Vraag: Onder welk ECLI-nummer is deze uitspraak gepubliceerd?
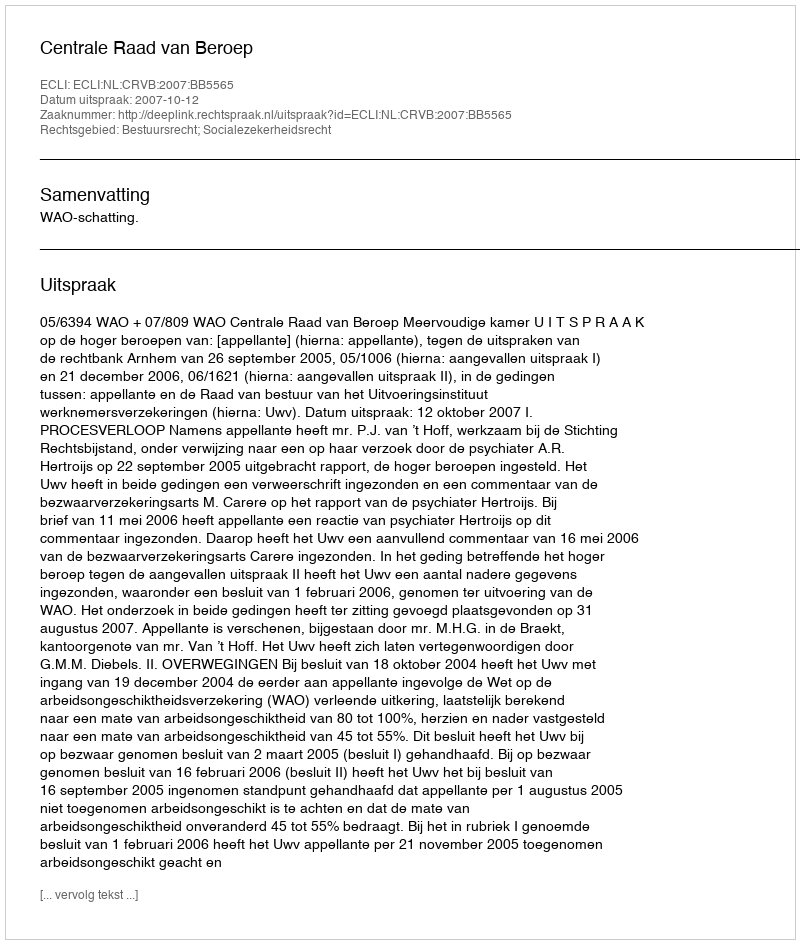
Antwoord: ECLI:NL:CRVB:2007:BB5565